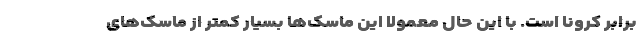
برابر کرونا است. با این حال معمولا این ماسک‌ها بسیار کمتر از ماسک‌های